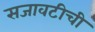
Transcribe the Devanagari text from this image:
सजावटीची